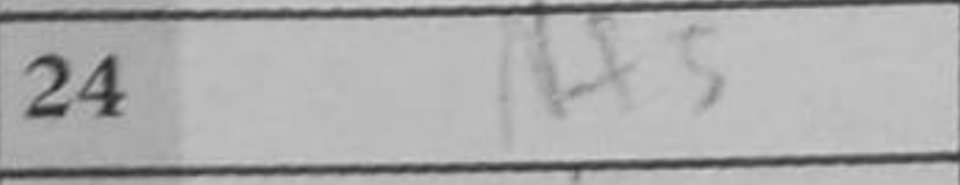
Transcription: Nf5